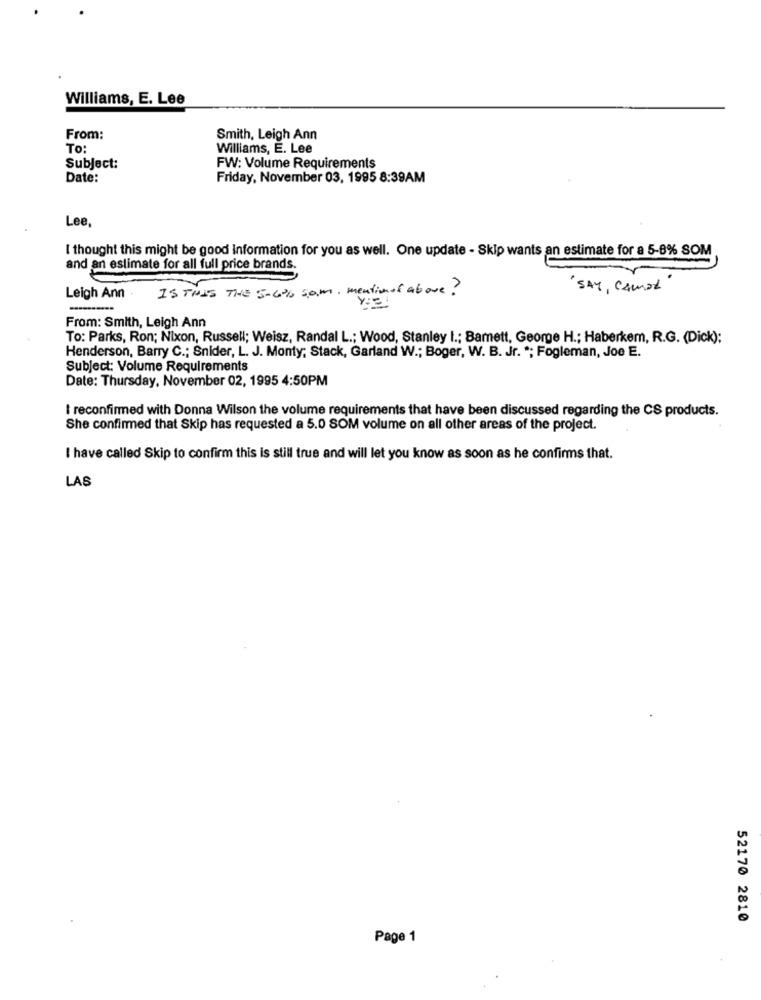
Williams, E. Lee
From:
Smith, Leigh Ann
To:
Williams, E. Lee
Subject:
FW: Volume Requirements
Date:
Friday, November 03, 1995 8:39AM
Lee,
I thought this might be good Information for you as well. One update - Skip wants an estimate for a 5-8% SOM
and an estimate for all full price brands.
IS THIS THE 5-6% 5p.M. mentimos above?
" SAY, CAMEL"
Leigh Ann
From: Smith, Leigh Ann
To: Parks, Ron; Nixon, Russell; Weisz, Randal L .; Wood, Stanley I .; Bamett, George H .; Haberkem, R.G. (Dick);
Henderson, Barry C .; Snider, L. J. Monty; Stack, Garland W .; Boger, W. B. Jr. "; Fogleman, Joe E.
Subject: Volume Requirements
Date: Thursday, November 02, 1995 4:50PM
: reconfirmed with Donna Wilson the volume requirements that have been discussed regarding the CS products.
She confirmed that Skip has requested a 5.0 SOM volume on all other areas of the project.
I have called Skip to confirm this is still true and will let you know as soon as he confirms that.
LAS
52170 2810
Page 1